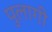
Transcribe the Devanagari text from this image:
पुलागी